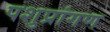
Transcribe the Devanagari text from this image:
पशुप्रांगण